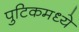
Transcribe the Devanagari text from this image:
पुटिकमध्ये